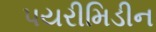
પયરીમિડીન